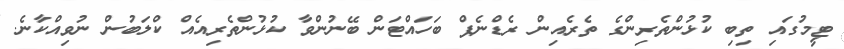
ޓީމުގައި ތިބި ކުޅުންތެރިންގެ ތެރެއިން ރެޑްނެޕް ބަހައްޓަން ބޭނުންވާ ކުޅުންތެރިއެއް ކްލަބުން ނުވިއްކާނެ.